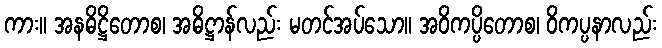
ကား။ အနဓိဋ္ဌိတောစ၊ အဓိဋ္ဌာန်လည်း မတင်အပ်သော။ အဝိကပ္ပိတောစ၊ ဝိကပ္ပနာလည်း